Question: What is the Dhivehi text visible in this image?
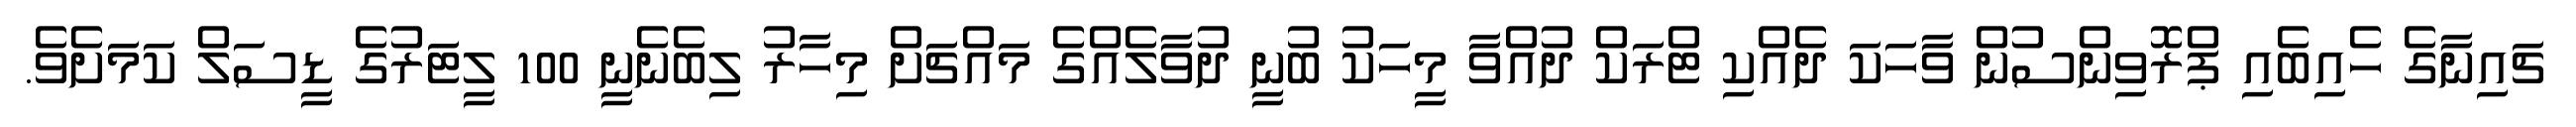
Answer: ޗައިނާގެ ހެއިބެއި ޕްރޮވިންސުން ވާހަކަ ދެއްކި ޓްރަކް ދުއްވާ މީހަކު ބުނީ ދުވާލެއްގެ މައްޗަށް މިހާރު ލިބެނެނީ 100 ލީޓަރުގެ ޑީސަލް ކަމަށެވެ.